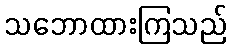
သဘောထားကြသည်